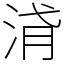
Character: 浳